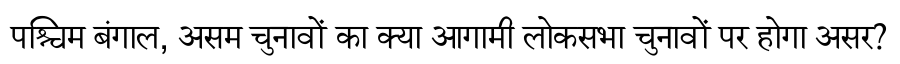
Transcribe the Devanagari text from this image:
पश्चिम बंगाल, असम चुनावों का क्या आगामी लोकसभा चुनावों पर होगा असर?